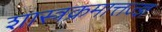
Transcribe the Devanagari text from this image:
शास्त्रक्रमात्तज्ज्ञ